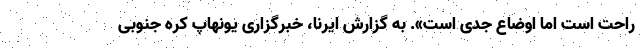
راحت است اما اوضاع جدی است». به گزارش ایرنا، خبرگزاری یونهاپ کره جنوبی